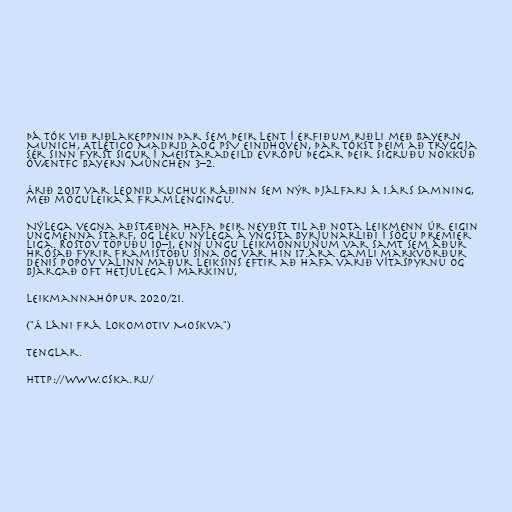
Þá tók við riðlakeppnin þar sem þeir lent í erfiðum riðli með Bayern
Munich, Atlético Madrid aog PSV Eindhoven, Þar tókst þeim að tryggja
sér sinn fyrst sigur í Meistaradeild Evrópu þegar þeir sigruðu nokkuð
óvæntFC Bayern München 3–2.

Árið 2017 var Leonid Kuchuk ráðinn sem nýr þjálfari á 1.árs samning,
með möguleika á framlengingu.

Nýlega vegna aðstæðna hafa þeir neyðst til að nota leikmenn úr eigin
ungmenna starf, og léku nýlega á yngsta byrjunarliði í sögu Premier
Liga. Rostov töpuðu 10–1, enn ungu leikmönnunum var samt sem áður
hrósað fyrir framistöðu sína og var hin 17.ára gamli markvörður
Denis Popov valinn maður leiksins eftir að hafa varið vítaspyrnu og
bjargað oft hetjulega í markinu,

Leikmannahópur 2020/21.

("Á láni frá Lokomotiv Moskva")

Tenglar.

http://www.cska.ru/